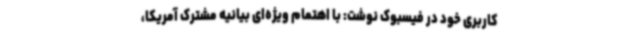
کاربری خود در فیسبوک نوشت: با اهتمام ویژه‌ای بیانیه مشترک آمریکا،